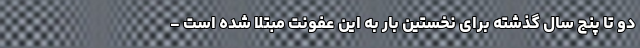
دو تا پنج سال گذشته برای نخستین بار به این عفونت مبتلا شده است -